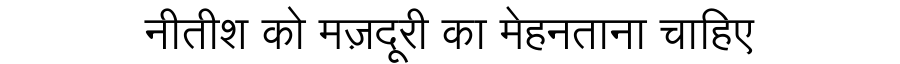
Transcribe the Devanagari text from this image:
नीतीश को मज़दूरी का मेहनताना चाहिए